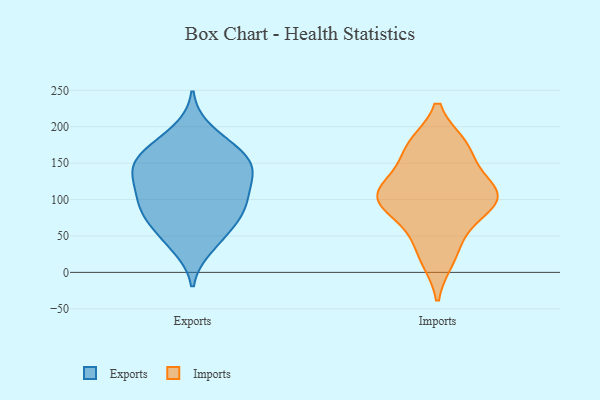
{"axis": {"x": "Inventory Turnover", "y": "Value"}, "legend": ["Exports", "Imports"], "data": [{"x": "", "y": 162, "type": "Exports"}, {"x": "", "y": 48, "type": "Exports"}, {"x": "", "y": 57, "type": "Exports"}, {"x": "", "y": 35, "type": "Exports"}, {"x": "", "y": 132, "type": "Exports"}, {"x": "", "y": 174, "type": "Exports"}, {"x": "", "y": 154, "type": "Exports"}, {"x": "", "y": 126, "type": "Exports"}, {"x": "", "y": 126, "type": "Exports"}, {"x": "", "y": 88, "type": "Exports"}, {"x": "", "y": 81, "type": "Exports"}, {"x": "", "y": 150, "type": "Exports"}, {"x": "", "y": 160, "type": "Exports"}, {"x": "", "y": 93, "type": "Exports"}, {"x": "", "y": 133, "type": "Exports"}, {"x": "", "y": 86, "type": "Exports"}, {"x": "", "y": 95, "type": "Exports"}, {"x": "", "y": 194, "type": "Exports"}, {"x": "", "y": 86, "type": "Imports"}, {"x": "", "y": 175, "type": "Imports"}, {"x": "", "y": 51, "type": "Imports"}, {"x": "", "y": 104, "type": "Imports"}, {"x": "", "y": 111, "type": "Imports"}, {"x": "", "y": 175, "type": "Imports"}, {"x": "", "y": 143, "type": "Imports"}, {"x": "", "y": 99, "type": "Imports"}, {"x": "", "y": 108, "type": "Imports"}, {"x": "", "y": 18, "type": "Imports"}]}